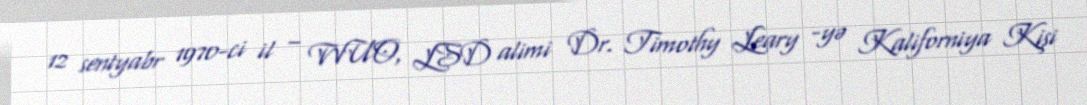
12 sentyabr 1970-ci il – WUO, LSD alimi Dr. Timothy Leary -yə Kaliforniya Kişi